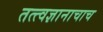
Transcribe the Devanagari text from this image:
तत्त्वज्ञानाचाच